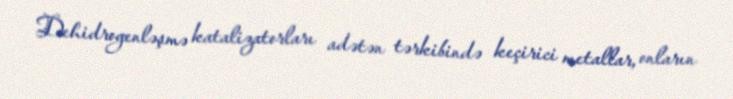
Dehidrogenləşmə katalizatorları adətən tərkibində keçirici metallar, onların